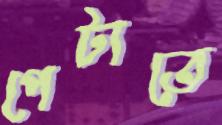
পেটাতে